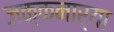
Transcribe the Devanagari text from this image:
जक्कनार्या